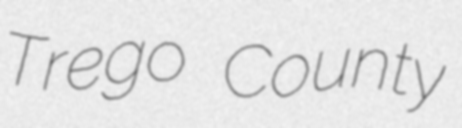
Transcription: Trego County